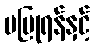
မပြုရန်နှင့်